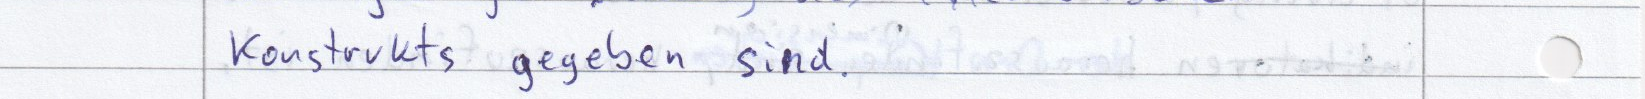
Konstrukts gegeben sind